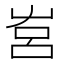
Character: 𡴗